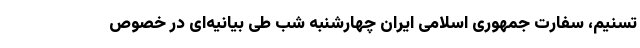
تسنیم، سفارت جمهوری اسلامی ایران چهارشنبه‌ شب طی بیانیه‌ای در خصوص